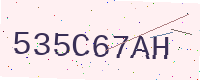
Text: 535C67AH